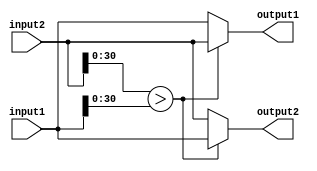
// Check whether abs(in1) > abs(in2)
module swap(input [31:0]input1, input [31:0]input2, output reg [31:0]output1, output reg [31:0]output2); 

    always @(input1 | input2)
    begin
        if(input2[30:0]>input1[30:0])
        begin
            output2 = input1;
            output1 = input2;
        end
        else
        begin
            output1 = input1;
            output2 = input2;
        end
    end

endmodule